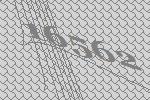
16562